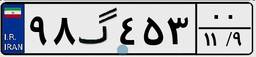
۹۸گ۴۵۳۰۰